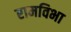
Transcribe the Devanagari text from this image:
रामविभा